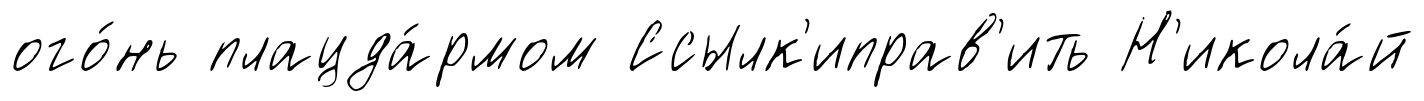
ого́нь плацда́рмом Ссылк'иправ'ить Н'икола́й